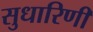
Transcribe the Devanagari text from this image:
सुधारिणी